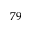
^ { 7 9 }